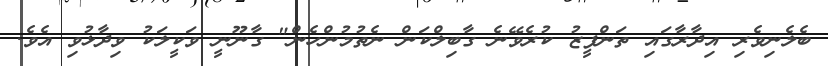
ބެލެނިވެރި އިދާރާގައި ތަންފީޒު ކުރެވޭނެ ގާބިލްކަން ނެތުމުންހެން" ގާނޫނީ ވަކީލަކު ވިދާޅުވި އެވެ.